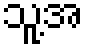
သူ့အ